Report on vaccination in Madras 1922-1929 - 1922-1929
Year: 1922
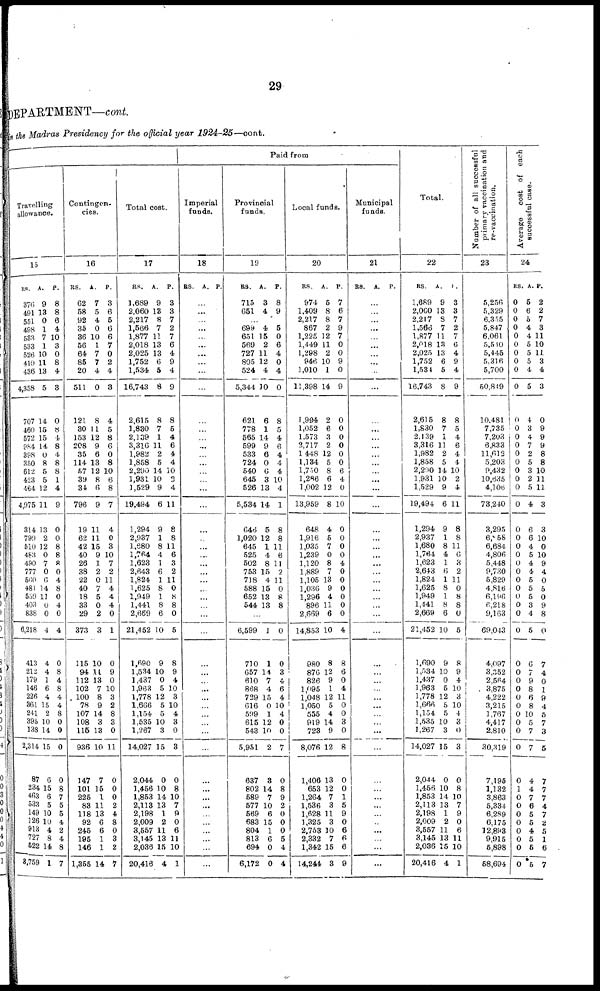
29
DEPARTMENT—cont.
in the Madras Presidency for the official year 1924-25—cont.
Travelling
allowance.
15
RS.
376
491
551
498
533
533
526
410
436
4,358
707
460
572
984
398
350
612
423
464
4,975
314
799
510
483
490
777
560
481
559
403
838
6,218
413
212
179
146
226
361
241
395
138
2,314
87
234
463
533
149
126
913
727
522
8,759
A.
9
13
0
1
7
1
10
11
13
5
14
15
15
14
0
8
5
5
12
11
13
2
12
0
7
0
6
14
11
0
0
4
4
4
1
6
4
15
2
10
14
15
6
15
6
5
10
10
4
8
14
1
P.
8
8
6
4
10
3
0
8
4
3
0
8
4
8
4
8
8
1
4
9
0
0
8
8
8
0
4
8
0
4
0
4
0
8
4
8
4
4
8
0
0
0
0
8
7
5
5
4
2
4
8
7
Contingen-
cies.
16
RS.
62
58
92
35
36
56
64
85
20
511
121
30
153
208
35
114
57
39
34
796
19
62
42
40
26
38
22
40
18
33
29
373
115
94
112
102
100
78
107
108
116
936
147
101
225
83
118
92
245
195
146
1,355
A.
7
5
4
0
10
1
7
7
4
0
8
11
12
9
6
13
12
8
6
9
11
11
15
9
1
2
0
7
5
0
2
3
10
11
13
7
8
9
14
3
13
10
7
15
1
11
13
6
6
1
1
14
P.
3
6
5
6
6
7
0
2
4
3
4
5
8
6
0
8
10
6
8
7
4
0
3
10
7
2
11
4
4
4
0
1
0
9
0
10
3
2
8
3
0
11
0
0
0
2
4
8
0
3
2
7
Total cost.
17
RS.
1,689
2,060
2,217
1,566
1,877
2,018
2,025
1,752
1,534
16,743
2,615
1,830
2,139
3,316
1,982
1,858
2,290
1,931
1,529
19,494
1,294
2,937
1,680
1,764
1,623
2,643
1,824
1,625
1,949
1,441
2,669
21,452
1,690
1,534
1,437
1,963
1,778
1,666
1,154
1,535
1,267
14,027
2,044
1,456
1,853
2,113
2,198
2,009
3,557
3,145
2,036
20,416
A.
9
13
8
7
11
13
13
6
5
8
8
7
1
11
2
5
14
10
9
6
9
1
8
4
1
6
1
8
1
8
6
10
9
10
0
5
12
5
5
10
3
15
0
10
14
13
1
2
11
13
15
4
P.
3
3
7
2
7
6
4
9
4
9
8
5
4
6
4
4
10
3
4
11
8
8
11
6
3
2
11
0
8
8
0
5
8
9
4
10
3
10
4
3
0
3
0
8
10
7
9
0
6
11
10
1
Paid from
Imperial
funds.
18
RS. A. P.
...
...
...
...
...
...
...
...
...
...
...
...
...
...
...
...
...
...
...
...
...
...
...
...
...
...
...
...
...
...
...
...
...
...
...
...
...
...
...
...
...
...
...
...
...
...
...
...
...
...
...
...
Provincial
funds.
19
RS.
715
651
A.
3
4
P.
8
9
...
699
651
569
727
805
524
5,344
621
778
565
599
533
724
540
645
526
5,534
646
1,020
645
525
502
753
718
588
652
544
4
15
2
11
12
4
10
6
1
14
9
6
0
6
3
13
14
5
12
1
4
8
15
4
15
13
13
5
0
6
4
0
4
0
8
5
4
6
4
4
4
10
4
1
8
8
11
6
11
2
11
0
8
8
...
6,599
710
657
610
868
729
616
599
615
543
5,951
637
802
589
577
569
683
804
813
694
6,172
1
1
14
7
4
15
0
1
12
10
2
3
14
7
10
6
15
1
6
0
0
0
0
3
4
6
4
10
4
0
0
7
0
8
9
2
0
0
0
5
4
4
Local funds.
20
RS.
974
1,409
2,217
867
1,225
1,449
1,298
946
1,010
11,398
1,994
1,052
1,573
2,717
1,448
1,134
1,750
1,286
1,002
13,959
648
1,916
1,035
1,239
1,120
1,889
1,105
1,036
1,296
896
2,669
14,853
980
876
826
1,095
1,048
1,050
555
919
723
8,076
1,406
653
1,264
1,536
1,628
1,325
2,753
2,332
1,342
14,244
A.
5
8
8
2
12
11
2
10
1
14
2
6
3
2
12
5
8
6
12
8
4
5
7
0
8
7
13
9
4
11
6
10
8
12
9
1
12
5
4
14
9
12
13
12
7
3
11
3
10
7
15
3
P.
7
6
7
9
7
0
0
9
0
9
0
0
0
0
0
0
6
4
0
10
0
0
0
0
4
0
0
0
0
0
0
4
8
6
0
4
11
0
0
3
0
8
0
0
1
5
9
0
6
6
6
9
Municipal
funds.
21
RS. A. P.
...
...
...
...
...
...
...
...
...
...
...
...
...
...
...
...
...
...
...
...
...
...
...
...
...
...
...
...
...
...
...
...
...
...
...
...
...
...
...
...
...
...
...
...
...
...
...
...
...
...
...
...
Total.
22
RS.
1,689
2,060
2,217
1,566
1,877
2,018
2,025
1,752
1,534
16,743
2,615
1,830
2,139
3,316
1,982
1,858
2,290
1,931
1,529
19,494
1,294
2,937
1,680
1,764
1,623
2,643
1,824
1,625
1,949
1,441
2,669
21,452
1,690
1,534
1,437
1,963
1,778
1,666
1,154
1,535
1,267
14,027
2,044
1,456
1,853
2,113
2,198
2,009
3,557
3,145
2,036
20,416
A.
9
13
8
7
11
13
13
6
5
8
8
7
1
11
2
5
14
10
9
6
9
1
8
4
1
6
1
8
1
8
6
10
9
10
0
5
12
5
5
10
3
15
0
10
14
13
1
2
11
13
15
4
P .
3
3
7
2
7
6
4
9
4
9
8
5
4
6
4
4
10
2
4
11
8
8
11
6
3
2
11
0
8
8
0
5
8
9
4
10
3
10
4
3
0
3
0
8
10
7
9
0
6
11
10
1
Number of all successful
primary vaccination and
re-vaccination.
23
5,256
5,329
6,355
5,847
6,061
5,510
5,445
5,316
5,700
50,849
10,481
7,735
7,203
6,833
11,612
5,203
9,432
10,635
4,106
73,240
3,295
6,958
6,684
4,806
5,448
9,730
5,829
4,816
6,196
6,218
9,163
69,043
4,097
3,352
2,564
3,875
4,222
3,215
1,767
4,417
2,810
30,319
7,195
1,132
3,863
5,334
6,289
6,175
12,893
9,915
5,898
58,694
Average cost of each
successful case.
24
RS.
0
0
0
0
0
0
0
0
0
0
0
0
0
0
0
0
0
0
0
0
0
0
0
0
0
0
0
0
0
0
0
0
0
0
0
0
0
0
0
0
0
0
0
1
0
0
0
0
0
0
0
0
A.
5
6
5
4
4
5
5
5
4
5
4
3
4
7
2
5
3
2
5
4
6
6
4
5
4
4
5
5
5
3
4
5
6
7
9
8
6
8
10
5
7
7
4
4
7
6
5
5
4
5
5
5
P.
2
2
7
3
11
10
11
3
4
3
0
9
9
9
8
8
10
11
11
3
3
10
0
10
9
4
0
5
0
9
8
0
7
4
0
1
9
4
5
7
3
5
7
7
7
4
7
2
5
1
6
7